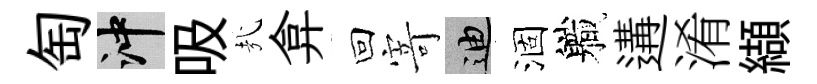
匋冲吸㢤弇回𭔃迪涸軄遘淆纈